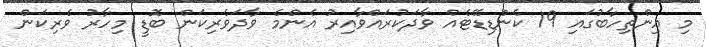
މި އިންތިހާބުގައި 19 ކެންޑިޑޭޓެއް ވާދަކުރައްވާއިރު އެންމެ ވާދަވެރިކަން ބޮޑީ މިހާރު ވެރިކަން